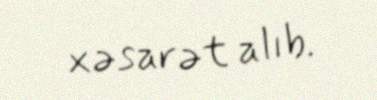
xəsarət alıb.